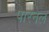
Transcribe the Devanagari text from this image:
पारनेल